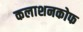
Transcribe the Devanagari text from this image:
कलाशनकोफ